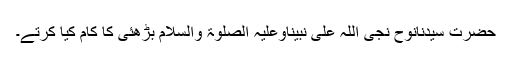
حضرت سیِّدُنانوح نجی اللہ عَلٰی نَبِیِّنَاوَعَلَیْہِ الصَّلٰوۃُ وَالسَّلَام بڑھئی کا کام کیا کرتے۔